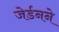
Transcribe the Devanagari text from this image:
जेर्डनने